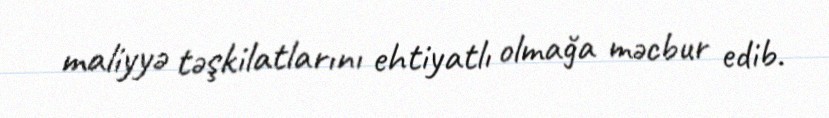
maliyyə təşkilatlarını ehtiyatlı olmağa məcbur edib.